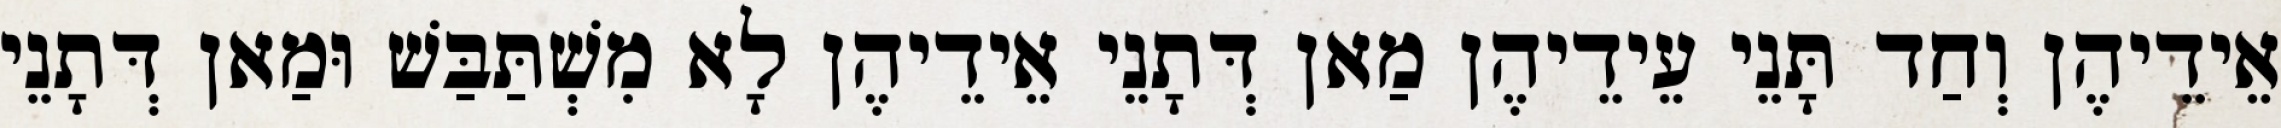
אֵידֵיהֶן וְחַד תָּנֵי עֵידֵיהֶן מַאן דְּתָנֵי אֵידֵיהֶן לָא מִשְׁתַּבַּשׁ וּמַאן דְּתָנֵי